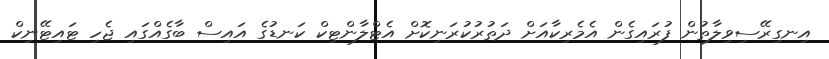
އިނގިރޭސިވިލާތުން ފުރައިގެން އެމެރިކާއަށް ދަތުރުކުރަނިކޮށް އެޓްލާންޓިކް ކަނޑުގެ އައިސް ބާގެއްގައި ޖެހި ޓައިޓޭނިކް